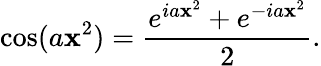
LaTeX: \cos(a\mathbf{x}^{2})={\frac{{e^{ia\mathbf{x}^{2}}+e^{-ia\mathbf{x}^{2}}}}{{2}}}.